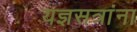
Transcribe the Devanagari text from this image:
यज्ञसत्रांना